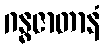
ဂန္ဓဇာတာနံ